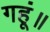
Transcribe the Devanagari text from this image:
गहूं॥